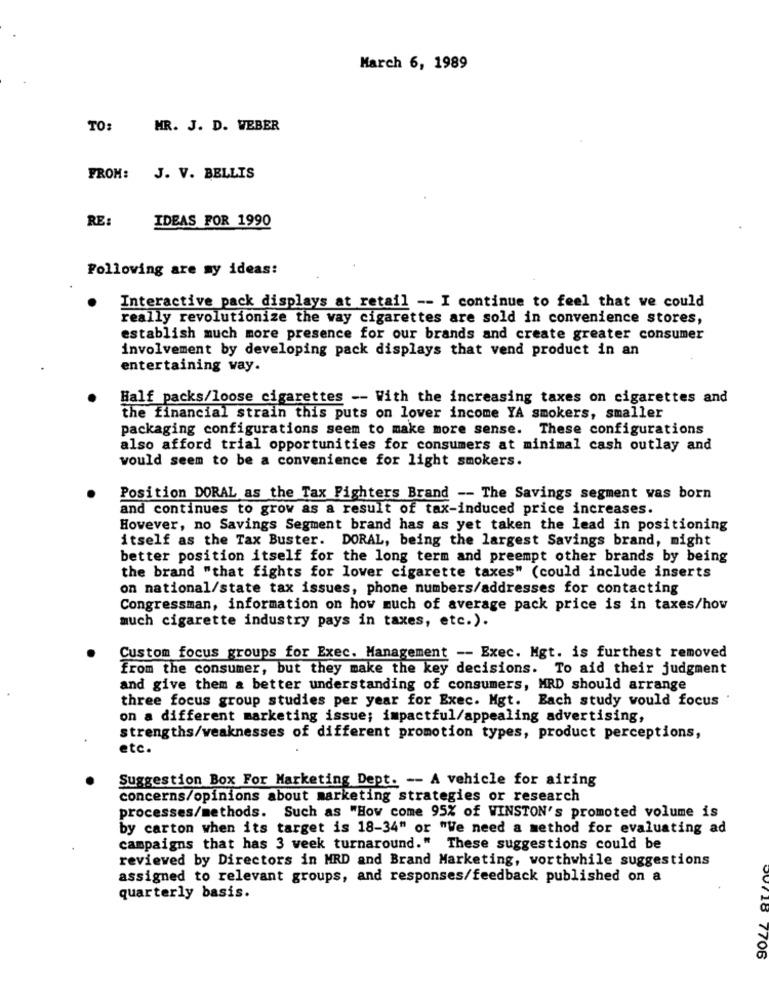
March 6, 1989
TO:
MR. J. D. WEBER
FROM: J. V. BELLIS
RE:
IDEAS FOR 1990
Following are my ideas:
Interactive pack displays at retail -- I continue to feel that we could
really revolutionize the way cigarettes are sold in convenience stores,
establish much more presence for our brands and create greater consumer
involvement by developing pack displays that vend product in an
entertaining way.
Half packs/loose cigarettes -- With the increasing taxes on cigarettes and
the financial strain this puts on lower income YA smokers, smaller
packaging configurations seem to make more sense. These configurations
also afford trial opportunities for consumers at minimal cash outlay and
would seem to be a convenience for light smokers.
Position DORAL as the Tax Fighters Brand -- The Savings segment was born
and continues to grow as a result of tax-induced price increases.
However, no Savings Segment brand has as yet taken the lead in positioning
itself as the Tax Buster. DORAL, being the largest Savings brand, might
better position itself for the long term and preempt other brands by being
the brand "that fights for lover cigarette taxes" (could include inserts
on national/state tax issues, phone numbers/addresses for contacting
Congressman, information on how much of average pack price is in taxes/how
much cigarette industry pays in taxes, etc.).
Custom focus groups for Exec. Management -- Exec. Mgt. is furthest removed
from the consumer, but they make the key decisions. To aid their judgment
and give them a better understanding of consumers, MRD should arrange
three focus group studies per year for Exec. Mgt. Each study would focus
on a different marketing issue; impactful/appealing advertising,
strengths/weaknesses of different promotion types, product perceptions,
etc.
Suggestion Box For Marketing Dept. -- A vehicle for airing
concerns/opinions about marketing strategies or research
processes/methods. Such as "How come 95% of WINSTON's promoted volume is
by carton when its target is 18-34" or "We need a method for evaluating ad
campaigns that has 3 week turnaround." These suggestions could be
reviewed by Directors in MRD and Brand Marketing, worthwhile suggestions
assigned to relevant groups, and responses/feedback published on a
quarterly basis.
00718 7706